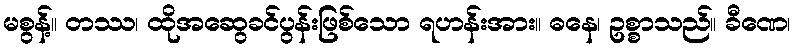
မစွန့်။ တဿ၊ ထိုအဆွေခင်ပွန်းဖြစ်သော ရဟန်းအား။ ဓနေ၊ ဥစ္စာသည်။ ခီဏေ၊